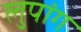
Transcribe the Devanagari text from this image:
लुपांग